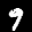
Label: 9